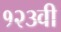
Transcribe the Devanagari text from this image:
१२३वी